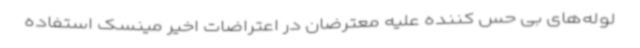
لوله‌های بی حس کننده علیه معترضان در اعتراضات اخیر مینسک استفاده